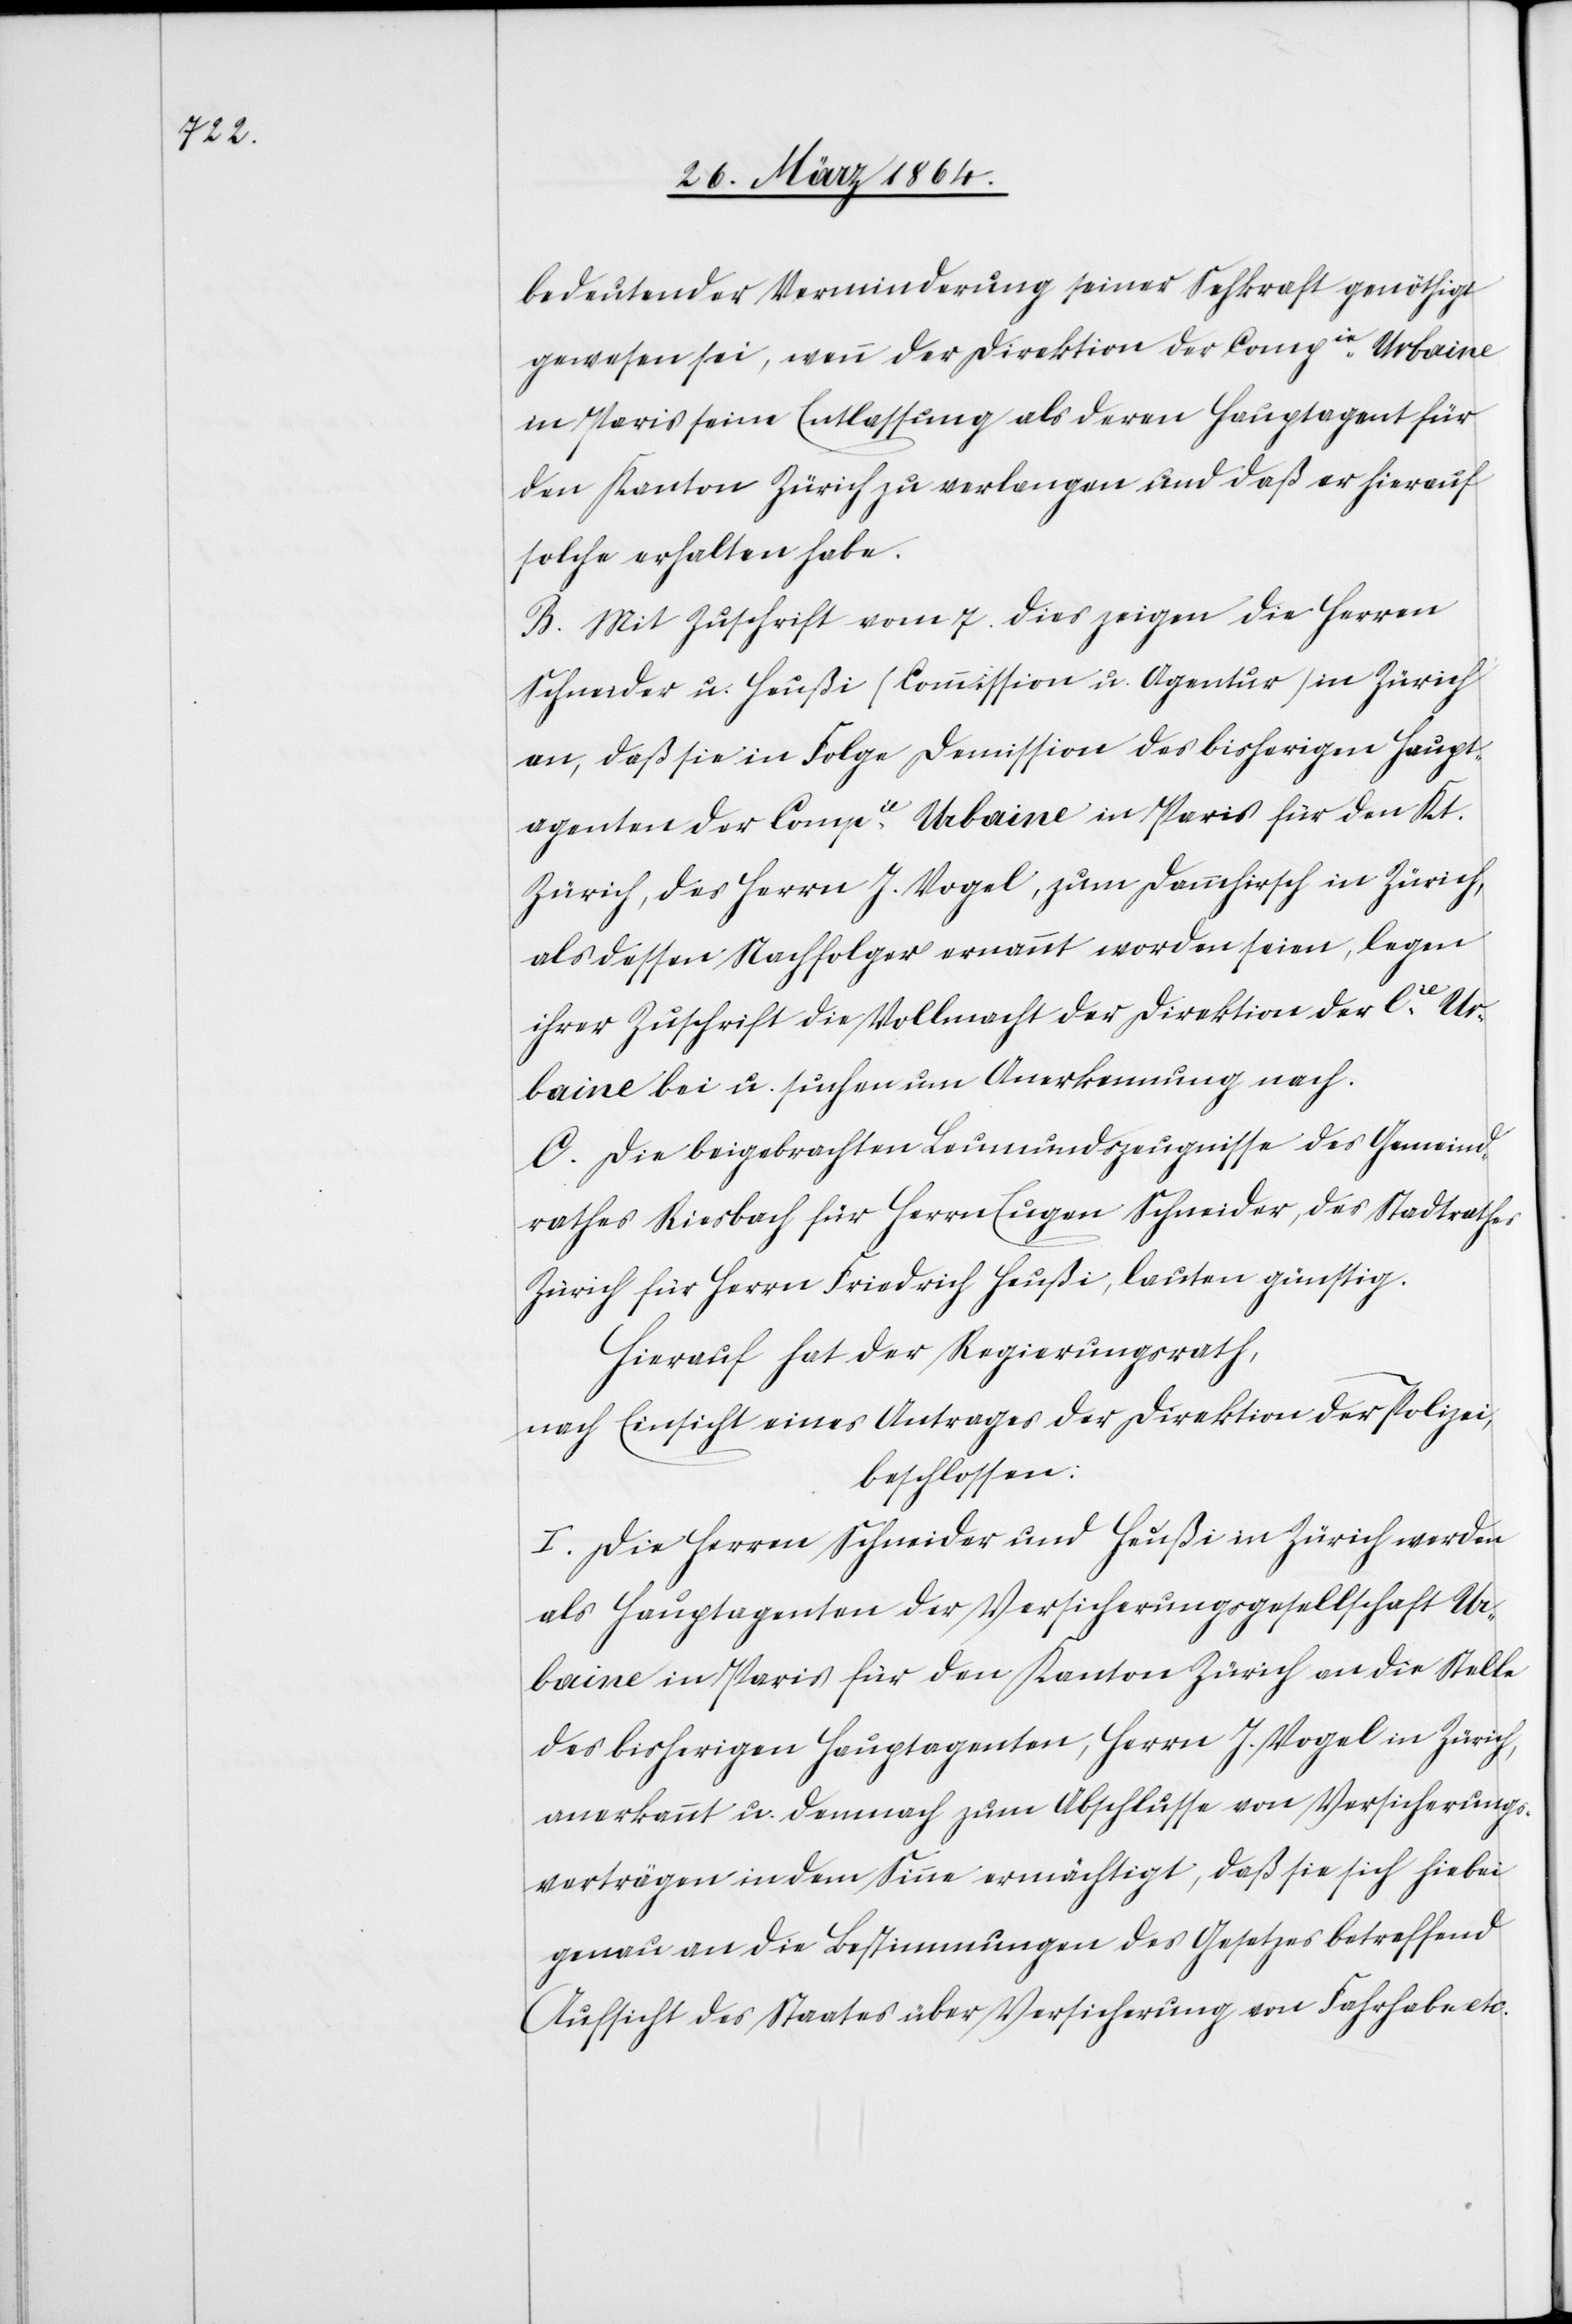
bedeutender Verminderung seiner Sehkraft genöthigt
gewesen sei, wenn [sic!] der Direktion der Compie Urbaine
in Paris seine Entlassung als deren Hauptagent für
den Kanton Zürich zu verlangen und daß er hierauf
solche erhalten habe.
B. Mit Zuschrift vom 7. dies zeigen die Herren
Schneider u. Heußi (Commission u. Agentur) in Zürich
an, daß sie in Folge Demission des bisherigen Haupt¬
agenten der Compie Urbaine in Paris für den Kt.
Zürich, des Herrn J. Vogel, zum Dammhirsch in Zürich,
als dessen Nachfolger ernannt worden seien, legen
ihrer Zuschrift die Vollmacht der Direktion der Cie Ur¬
baine bei u. suchen um Anerkennung nach.
C. Die beigebrachten Leumundszeugnisse des Gemeind¬
rathes Riesbach für Herrn Eugen Schneider, des Stadtrathes
Zürich für Herrn Friedrich Heußi, lauten günstig.
Hierauf hat der Regierungsrath,
nach Einsicht eines Antrages der Direktion der Polizei,
beschlossen:
I. Die Herren Schneider und Heußi in Zürich werden
als Hauptagenten der Versicherungsgesellschaft Ur¬
baine in Paris für den Kanton Zürich an die Stelle
des bisherigen Hauptagenten, Herrn J. Vogel in Zürich,
anerkannt u. demnach zum Abschlusse von Versicherungs¬
verträgen in dem Sinne ermächtigt, daß sie sich hiebei
genau an die Bestimmungen des Gesetzes betreffend
Aufsicht des Staates über Versicherung von Fahrhabe etc.